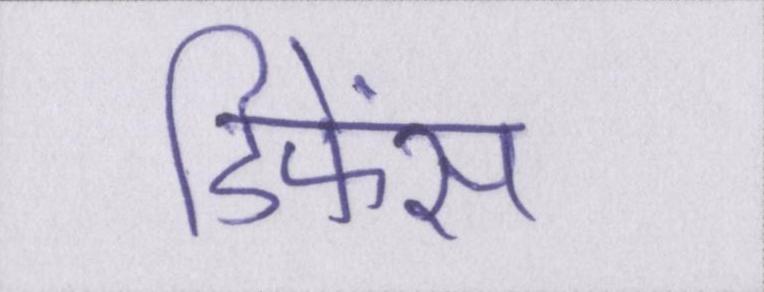
डिफेंस